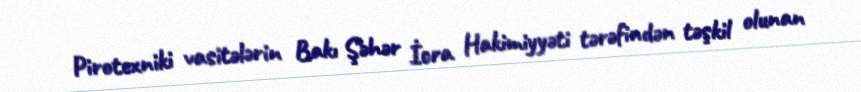
Pirotexniki vasitələrin Bakı Şəhər İcra Hakimiyyəti tərəfindən təşkil olunan